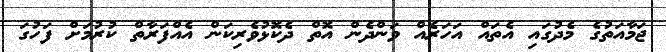
ޖަމާއަތުގެ މެދުގައި އެތައް އަހަރެއް ވަންދެން އޮތް ދެކޮޅުވެރިކަން އެއްފަރާތް ކުރުމަށް ފަހުގަ